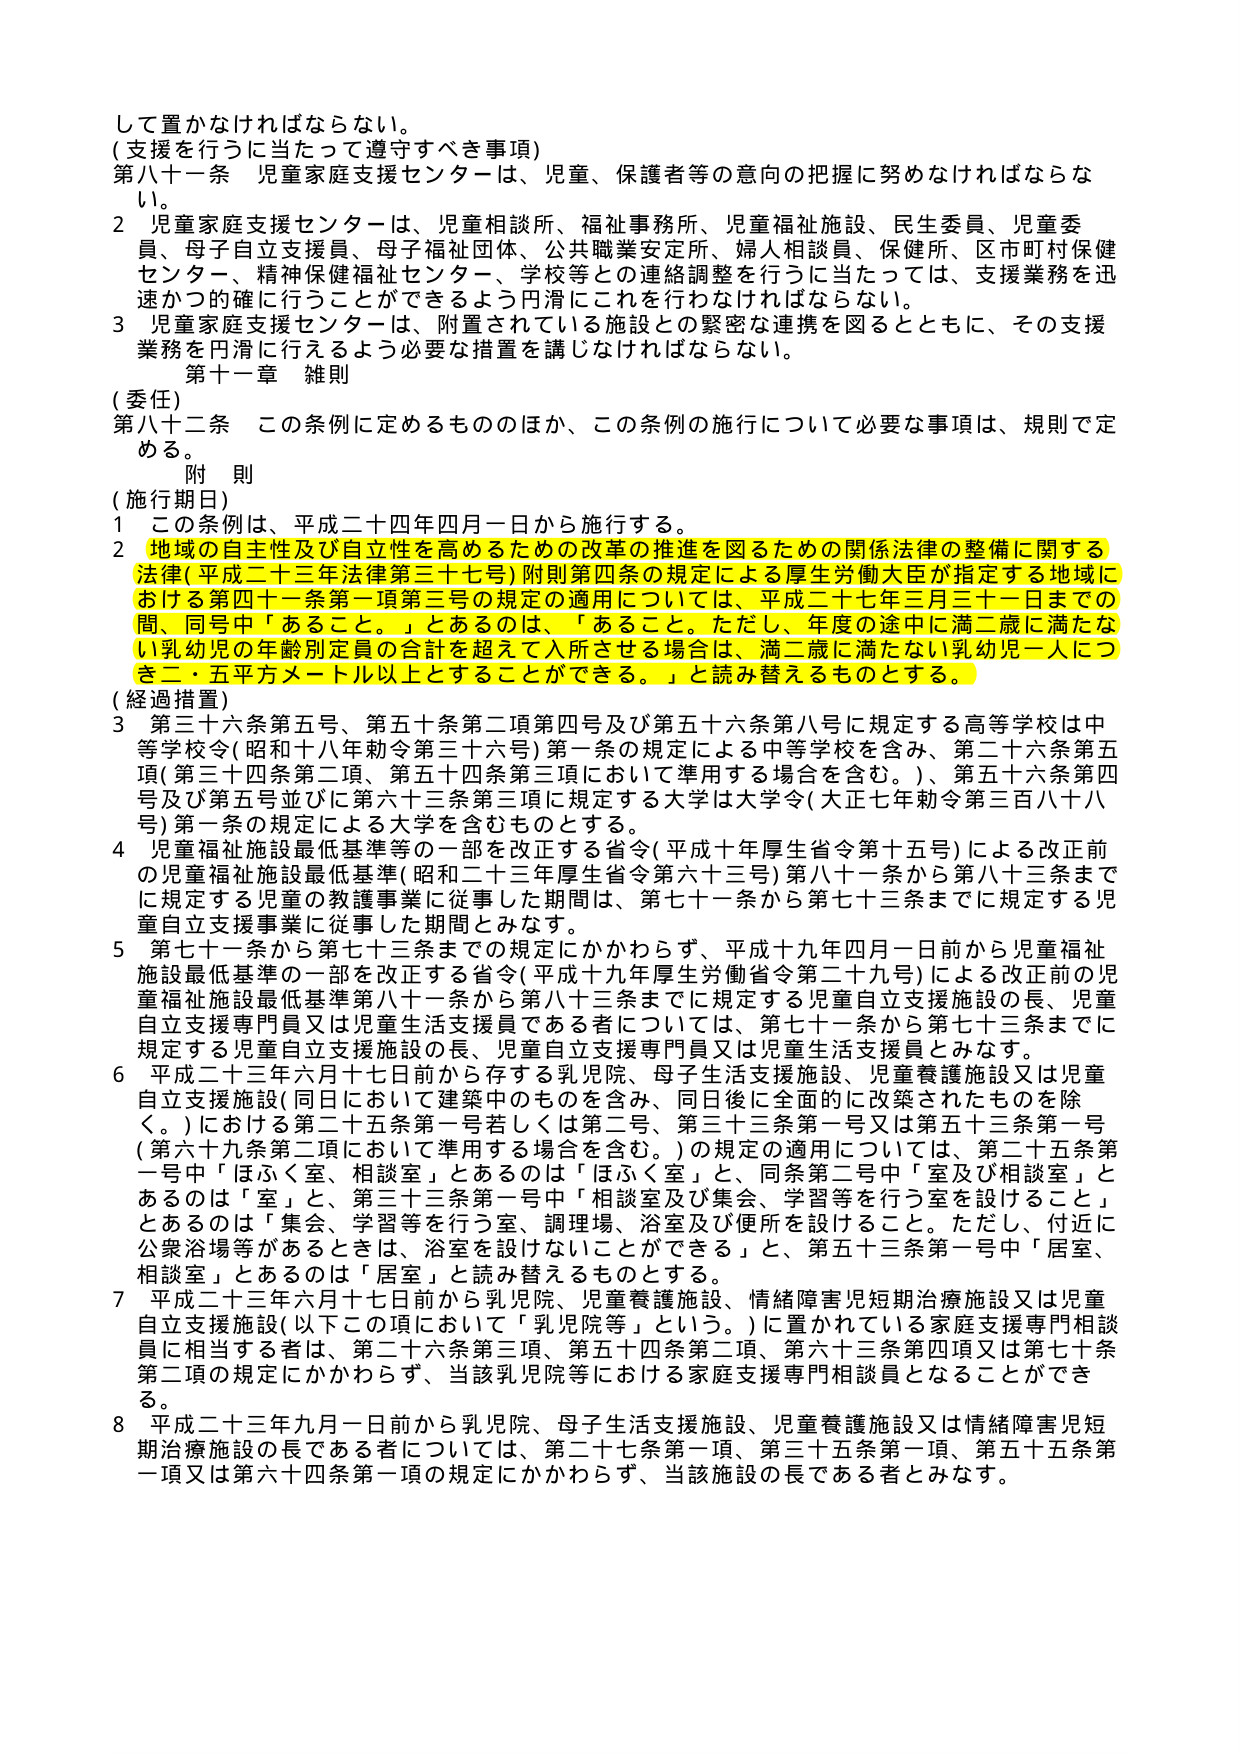
して置かなければならない。
(支援を行うに当たって遵守すべき事項)
第八十一条 児童家庭支援センターは、児童、保護者等の意向の把握に努めなければならな
い。
2 児童家庭支援センターは、児童相談所、福祉事務所、児童福祉施設、民生委員、児童委
員、母子自立支援員、母子福祉団体、公共職業安定所、婦人相談員、保健所、区市町村保健
センター、精神保健福祉センター、学校等との連絡調整を行うに当たっては、支援業務を迅
速かつ的確に行うことができるよう円滑に行わなければならない。
3 児童家庭支援センターは、附置されている施設との緊密な連携を図るとともに、その支援
業務を円滑に行えるよう必要な措置を講じなければならない。
第十一章 雑則
(委任)
第八十二条 この条例に定めるもののほか、この条例の施行について必要な事項は、規則で定
める。
附 則
(施行期日)
1 この条例は、平成二十四年四月一日から施行する。
2 地域の自主性及び自立性を高めるための改革の推進を図るための関係法律の整備に関する
法律(平成二十三年法律第三十七号)附則第四条の規定による厚生労働大臣が指定する地域に
おける第四十一条第一項第三号の規定の適用については、平成二十七年三月三十一日までの
間、同号中「あること。」とあるのは、「あること。ただし、年度の途中に満二歳に満たな
い乳幼児の年齢別定員の合計を超えて入所させる場合は、満二歳に満たない乳幼児一人につ
き二・五平方メートル以上とすることができる。」と読み替えるものとする。
(経過措置)
3 第三十六条第五号、第五十条第二項第四号及び第五十六条第八号に規定する高等学校は中
等学校令(昭和十八年勅令第三十六号)第一条の規定による中等学校を含み、第二十六条第五
項(第三十四条第二項、第五十四条第三項において準用する場合を含む。)、第五十六条第四
号及び第五号並びに第六十条第三項に規定する大学は大学令(大正七年勅令第三百八十八
号)第一条の規定による大学を含むものとする。
4 児童福祉施設最低基準等の一部を改正する省令(平成十年厚生省令第十五号)による改正前
の児童福祉施設最低基準(昭和二十三年厚生省令第六十三号)第八十一条から第八十三条まで
に規定する児童の教護事業に従事した期間は、第七十一条から第七十三条までに規定する児
童自立支援事業に従事した期間とみなす。
5 第七十一条から第七十三条までの規定にかかわらず、平成十九年四月一日前から児童福祉
施設最低基準の一部を改正する省令(平成十九年厚生労働省令第二十九号)による改正前の児
童福祉施設最低基準第八十一条から第八十三条までに規定する児童自立支援施設の長、児童
自立支援専門員又は児童生活支援員である者については、第七十一条から第七十三条までに
規定する児童自立支援施設の長、児童自立支援専門員又は児童生活支援員とみなす。
6 平成二十三年六月十七日前から存する乳児院、母子生活支援施設、児童養護施設又は児童
自立支援施設(同日において建築中のものを含み、同日後に全面的に改築されたものを除
く。)における第二十五条第一号若しくは第二号、第三十三条第一号又は第五十三条第一号
(第六十条第三項において準用する場合を含む。)の規定の適用については、第二十五条第
一号中「ほふく室、相談室」とあるのは「ほふく室」と、同条第二号中「室及び相談室」と
あるのは「室」と、第三十三条第一号中「相談室及び集会、学習等を行う室を設けること」
とあるのは「集会、学習等を行う室、調理場、浴室及び便所を設けること。ただし、付近に
公衆浴場等があるときは、浴室を設けないことができる」と、第五十三条第一号中「居室、
相談室」とあるのは「居室」と読み替えるものとする。
7 平成二十三年六月十七日前から乳児院、児童養護施設、情緒障害児短期治療施設又は児童
自立支援施設(以下この項において「乳児院等」という。)に置かれている家庭支援専門相談
員に相当する者は、第二十六条第三項、第五十四条第二項、第六十三条第四項又は第七十条
第二項の規定にかかわらず、当該乳児院等における家庭支援専門相談員となることができ
る。
8 平成二十三年九月一日前から乳児院、母子生活支援施設、児童養護施設又は情緒障害児短
期治療施設の長である者については、第二十七条第一項、第三十五条第一項、第五十五条第
一項又は第六十四条第一項の規定にかかわらず、当該施設の長である者とみなす。